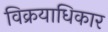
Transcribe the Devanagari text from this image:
विक्रयाधिकार